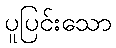
ပူပြင်းသော